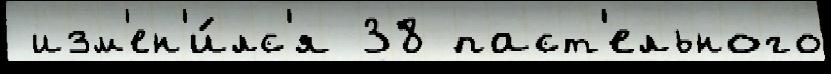
 изм'ен'и́лс'я 38 паст'ельного